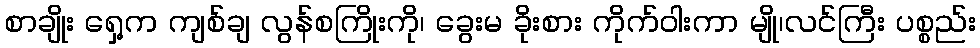
စာချိုး ရှေ့က ကျစ်ချ လွန်စကြိုးကို၊ ခွေးမ ခိုးစား ကိုက်ဝါးကာ မျို၊လင်ကြီး ပစ္စည်း